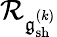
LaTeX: \mathcal{R}_{\mathfrak{{g}}_{\mathrm{{sh}}}^{(k)}}